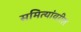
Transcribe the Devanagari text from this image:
समित्यांवरील